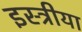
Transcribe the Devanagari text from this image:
इस्त्रीया